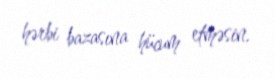
hərbi bazasına hücum etməsin.